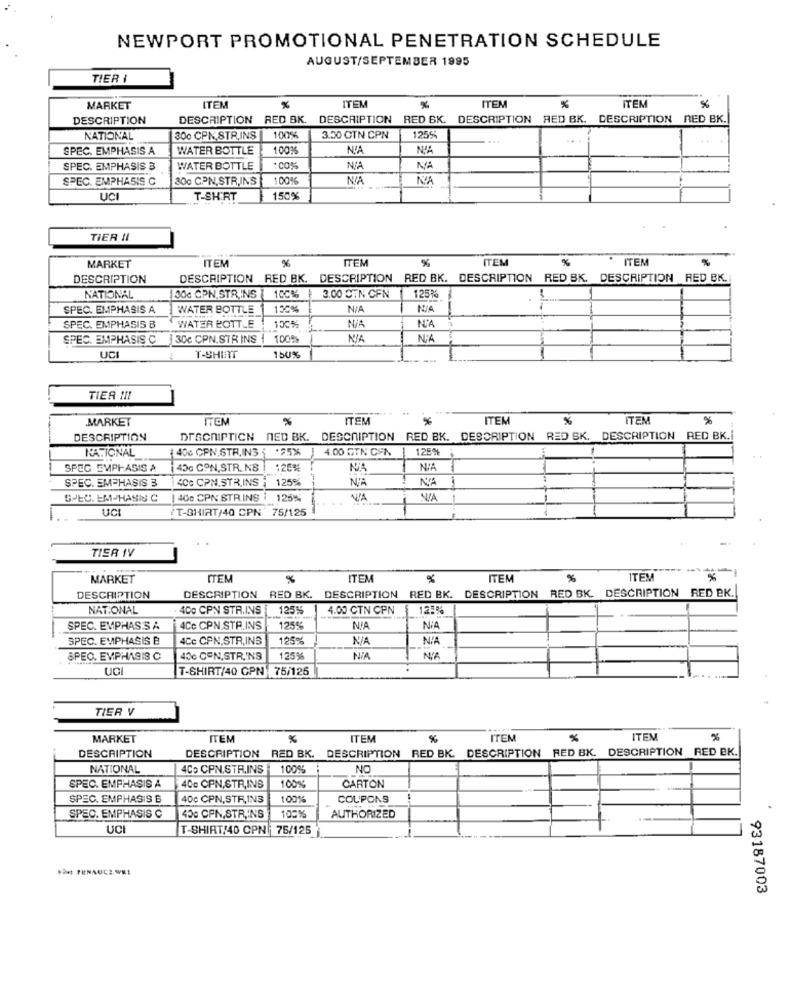
NEWPORT PROMOTIONAL PENETRATION SCHEDULE
AUGUST/SEPTEMBER 1995
TIER I
ITEN
MARKET
ITEM
ITEM
ITEM
%
DESCRIPTION
DESCRIPTION RED BK. DESCRIPTION RED BK. DESCRIPTION RED BK. DESCRIPTION RED BK.
NATIONAL
300 CPN,STR.INS
100%
3.50 CTN CPN
1255
SPEC. EMPHASIS A
WATER BOTTLE
100%
NYA
SPEC. EMPHASIS 3
WATER BOTTLE
SPEC. EMPHASIS C
30g CPN,STR.INS
100%
UCI
T-SHIRT
150%
TIER II
ITEM
%
ITEM
ITEM
ITEM
MARKET
DESCRIPTION
DESCRIPTION RED BK.
DESCRIPTION RED BK. DESCRIPTION RED BK. DESCRIPTION RED BK.
NATIONAL
30c CPN, STR.INS
100% | 3.00 DIN CFN
125%
SPEC. EMPHASIS A
WATER BOTTLE
150%
WATER BOTTLE
N'A
SPEC. EMPHASIS B
100%
SPEC. EMPHASIS C
30c CPN.STR INS
100%
NIA
UCI
T-SHIRT
150%
TIER III
MARKET
ITEM
%
ITEM
ITEN
%
ITEN
ER
DESCRIPTION
DESCRIPTION NED BK. DESCRIPTION RED BK. DESCRIPTION RED SK.
DESCRIPTION RED BK.I
NATIONAL
: 406 CPN.STR. IN3
4.00 GTN CFN
125%
SPEC EMPHASIS A
45c CON,STR.NS
1201
NA
SPEC. EMPHASIS 3
1400 CPN.STR.INS : 125%
SPEC. EM-HASIS C
| 400 CPN STR.INS : 125%
VIA
UCI
"T-SHIRT/40 CPN' 75/125
TIER IV
MARKET
ITEM
ITEM
ITEM
%
ITEM
RED BK. DESCRIPTION RED BK.
DESCRIPTION
DESCRIPTION
RED BK. DESCRIPTION
DESCRIPTION RED BK.
NATIONAL
400 CPN STR.INS
125%
4.00 CTN CPN
1
125%
SPEC. EMPHASIS A
4Cc CPN.STR.INS
125%
NIA
SPEC. EMPHASIS B
4Cc CPN,STR,INS
125%
SPEC. EMPHASIS C
400 CON,STR.INS
1259
NiA
NIA
UCI
T-SHIRT/40 CPN 75/126
TIER V
MARKET
ITEM
%
ITEM
ITEM
ITEM
%
DESCRIPTION RED BK. DESCRIPTION RED BK. DESCRIPTION RED BK. DESCRIPTION RED EK.
DESCRIPTION
NATIONAL
4CD CPN,STR.INS
100%
NO
SPEC. EMPHASIS A
400 CPN,STR,INS
100%
CARTON
SPEC. EMPHASIS B
40c CPN,STR,INS
100%
COUPONS
SPEC. EMPHASIS C
450 CPN,STR,INS
100%
AUTHORIZED
UCI
T-SHIRT/40 CPN 75/125
93187003